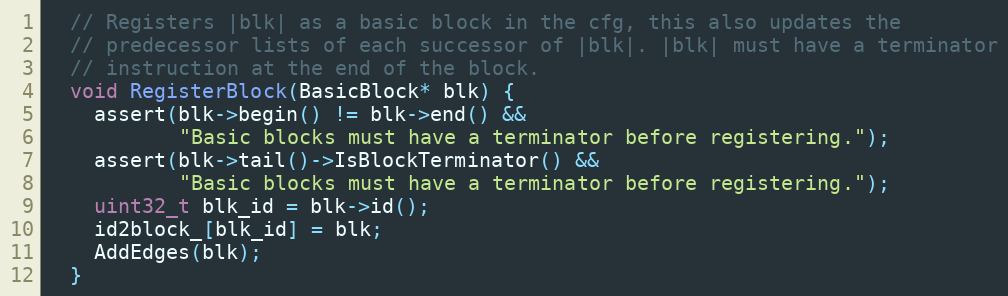
Language: C
  // Registers |blk| as a basic block in the cfg, this also updates the
  // predecessor lists of each successor of |blk|. |blk| must have a terminator
  // instruction at the end of the block.
  void RegisterBlock(BasicBlock* blk) {
    assert(blk->begin() != blk->end() &&
           "Basic blocks must have a terminator before registering.");
    assert(blk->tail()->IsBlockTerminator() &&
           "Basic blocks must have a terminator before registering.");
    uint32_t blk_id = blk->id();
    id2block_[blk_id] = blk;
    AddEdges(blk);
  }